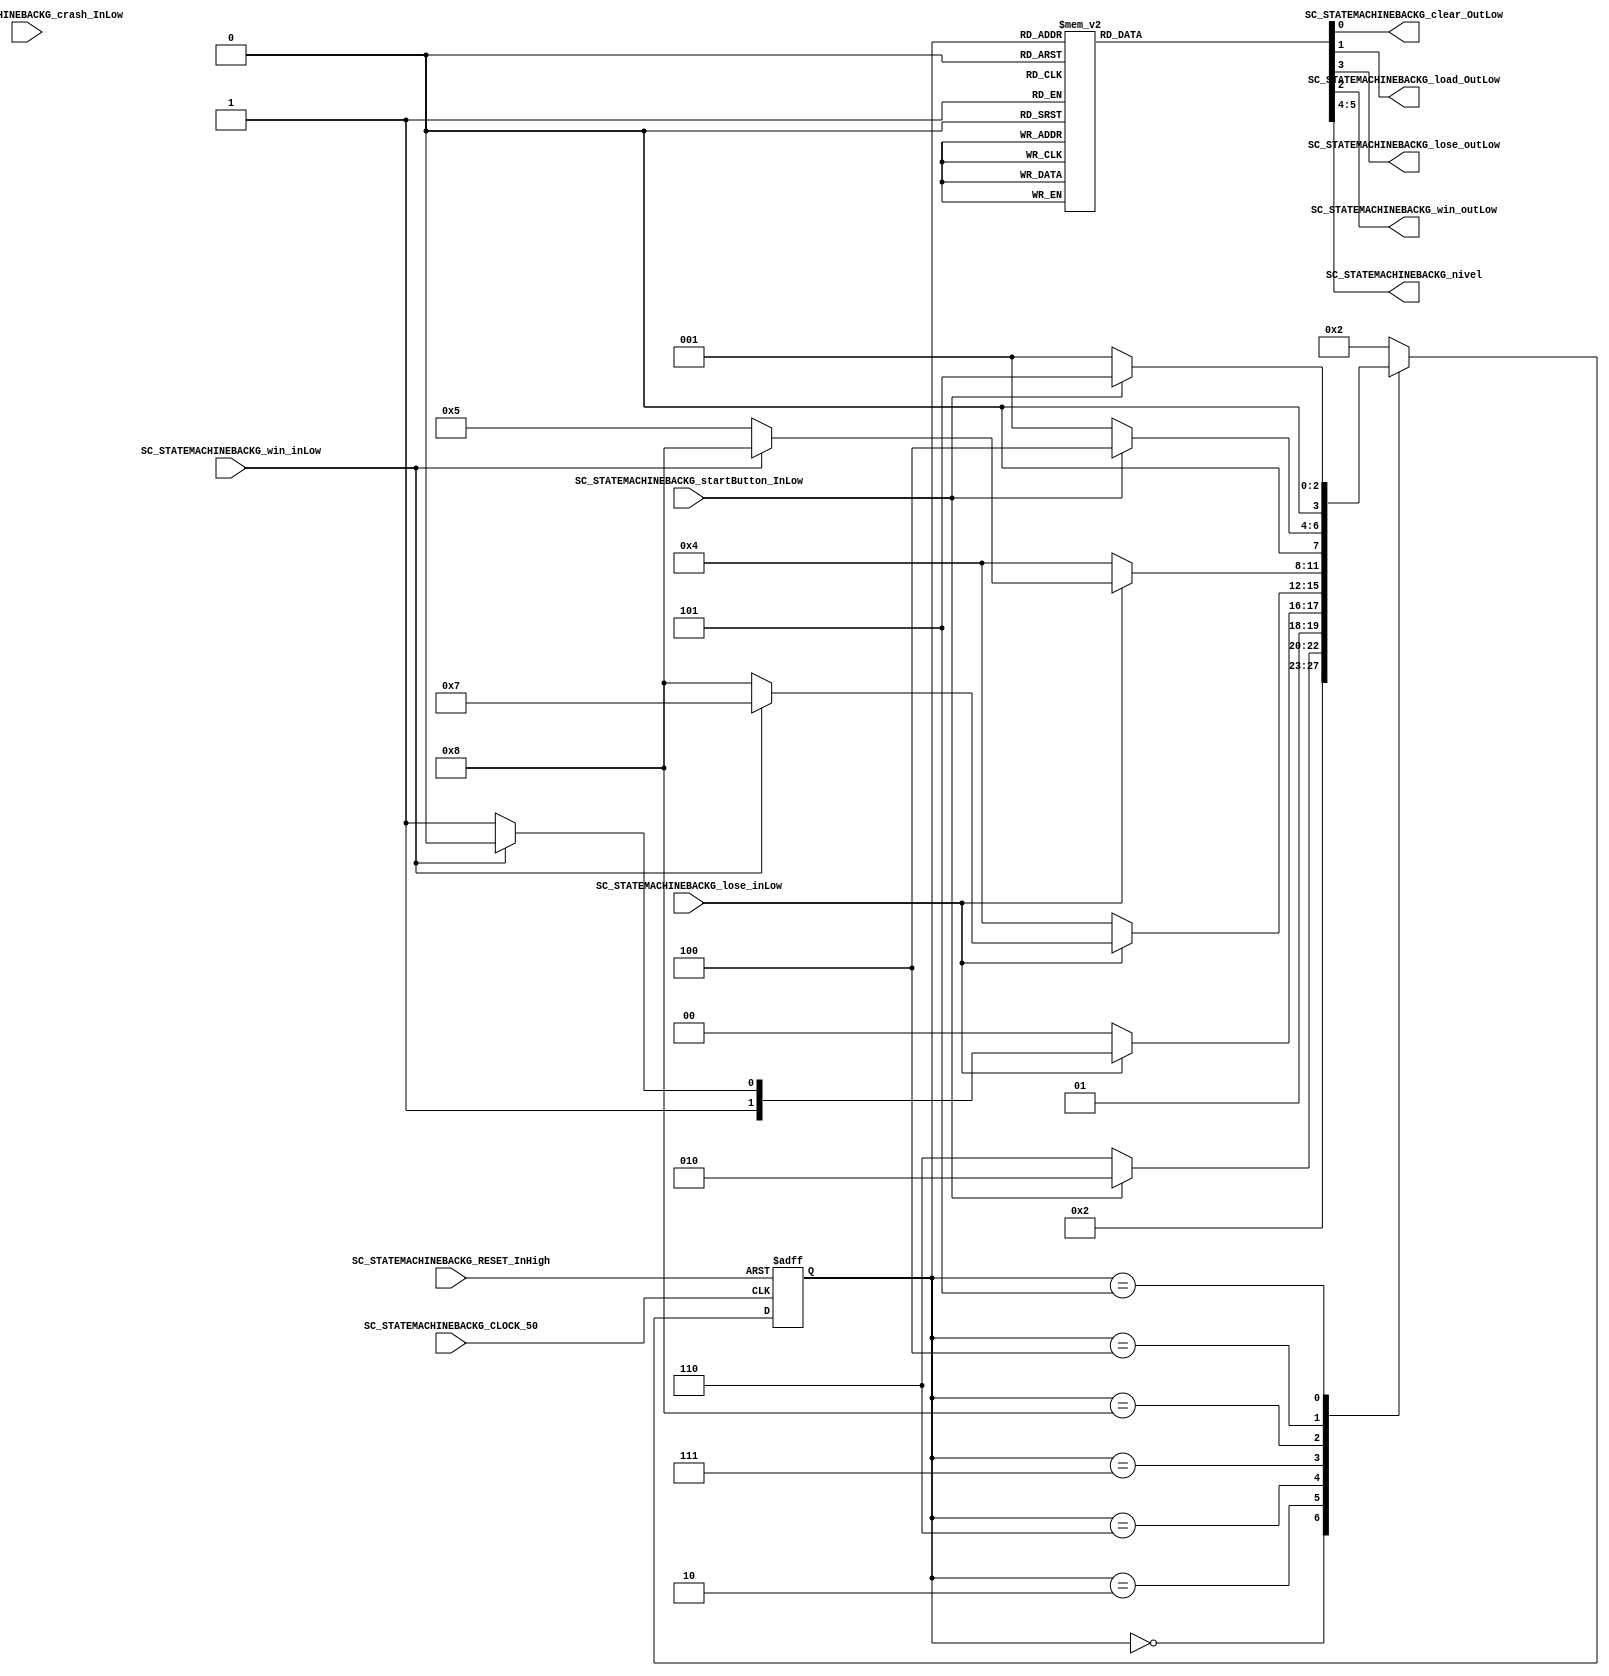
///*######################################################################
//#	G0B1T: HDL EXAMPLES. 2018.
//######################################################################
//# Copyright (C) 2018. F.E.Segura-Quijano (FES) fsegura@uniandes.edu.co
//# 
//# This program is free software: you can redistribute it and/or modify
//# it under the terms of the GNU General Public License as published by
//# the Free Software Foundation, version 3 of the License.
//#
//# This program is distributed in the hope that it will be useful,
//# but WITHOUT ANY WARRANTY; without even the implied warranty of
//# MERCHANTABILITY or FITNESS FOR A PARTICULAR PURPOSE.  See the
//# GNU General Public License for more details.
//#
//# You should have received a copy of the GNU General Public License
//# along with this program.  If not, see <http://www.gnu.org/licenses/>
//####################################################################*/
//=======================================================
//  MODULE Definition
//=======================================================
module SC_STATEMACHINEBACKG (
	//////////// OUTPUTS //////////
	SC_STATEMACHINEBACKG_clear_OutLow,
	SC_STATEMACHINEBACKG_load_OutLow,
//	SC_STATEMACHINEBACKG_upcount_out,
	SC_STATEMACHINEBACKG_lose_outLow,
	SC_STATEMACHINEBACKG_win_outLow,
	SC_STATEMACHINEBACKG_nivel,
	//////////// INPUTS //////////
	SC_STATEMACHINEBACKG_CLOCK_50,
	SC_STATEMACHINEBACKG_RESET_InHigh,
	SC_STATEMACHINEBACKG_startButton_InLow,
//	SC_STATEMACHINEBACKG_T0_InLow,
	SC_STATEMACHINEBACKG_crash_InLow,
	SC_STATEMACHINEBACKG_lose_inLow,
	SC_STATEMACHINEBACKG_win_inLow
);	
//=======================================================
//  PARAMETER declarations
//=======================================================
// states declaration
localparam STATE_RESET_0									= 0;
localparam STATE_START_0									= 1;
localparam STATE_CHECK_0									= 2;
localparam STATE_COUNT_0									= 3;
localparam STATE_LOSE_0										= 4;
localparam STATE_WIN_0										= 5;
localparam STATE_LEVEL_1									= 6;
localparam STATE_LEVEL_2									= 7;
localparam STATE_LEVEL_3									= 8;
//=======================================================
//  PORT declarations
//=======================================================
output reg		SC_STATEMACHINEBACKG_clear_OutLow;
output reg		SC_STATEMACHINEBACKG_load_OutLow;
//output reg 		SC_STATEMACHINEBACKG_upcount_out;
output reg     SC_STATEMACHINEBACKG_lose_outLow;
output reg		SC_STATEMACHINEBACKG_win_outLow;
output reg     [1:0]SC_STATEMACHINEBACKG_nivel;
input			SC_STATEMACHINEBACKG_CLOCK_50;
input 		SC_STATEMACHINEBACKG_RESET_InHigh;
input			SC_STATEMACHINEBACKG_startButton_InLow;
//input			SC_STATEMACHINEBACKG_T0_InLow;
input 		SC_STATEMACHINEBACKG_crash_InLow;
input			SC_STATEMACHINEBACKG_lose_inLow;
input			SC_STATEMACHINEBACKG_win_inLow;
//=======================================================
//  REG/WIRE declarations
//=======================================================
reg [3:0] STATE_Register;
reg [3:0] STATE_Signal;
//=======================================================
//  Structural coding
//=======================================================
//INPUT LOGIC: COMBINATIONAL
// NEXT STATE LOGIC : COMBINATIONAL
always @(*)
begin
	case (STATE_Register)
		STATE_RESET_0: STATE_Signal = STATE_START_0;
		STATE_START_0: STATE_Signal = STATE_CHECK_0;
		
		
		STATE_CHECK_0: if (SC_STATEMACHINEBACKG_startButton_InLow == 1'b0) STATE_Signal = STATE_LEVEL_1;
						else STATE_Signal = STATE_CHECK_0;
						
						
		STATE_LEVEL_1:	if (SC_STATEMACHINEBACKG_lose_inLow == 1'b0) STATE_Signal = STATE_LOSE_0;
						else if (SC_STATEMACHINEBACKG_win_inLow == 1'b0) STATE_Signal = STATE_LEVEL_2;
						else STATE_Signal = STATE_LEVEL_1;
							
		STATE_LEVEL_2:	if (SC_STATEMACHINEBACKG_lose_inLow == 1'b0) STATE_Signal = STATE_LOSE_0;
						else if (SC_STATEMACHINEBACKG_win_inLow == 1'b0) STATE_Signal = STATE_LEVEL_3;
						else STATE_Signal = STATE_LEVEL_2;
						
		STATE_LEVEL_3:	if (SC_STATEMACHINEBACKG_lose_inLow == 1'b0) STATE_Signal = STATE_LOSE_0;
						else if (SC_STATEMACHINEBACKG_win_inLow == 1'b0) STATE_Signal = STATE_WIN_0;
						else STATE_Signal = STATE_LEVEL_3;
		
		STATE_LOSE_0: if (SC_STATEMACHINEBACKG_startButton_InLow == 1'b0) STATE_Signal = STATE_START_0;
						else STATE_Signal = STATE_LOSE_0;
//Revisar jugador contador
 		STATE_WIN_0: if (SC_STATEMACHINEBACKG_startButton_InLow == 1'b0) STATE_Signal = STATE_START_0;
						else STATE_Signal = STATE_WIN_0;

		default : 		STATE_Signal = STATE_CHECK_0;
	endcase
end
// STATE REGISTER : SEQUENTIAL
always @ ( posedge SC_STATEMACHINEBACKG_CLOCK_50 , posedge SC_STATEMACHINEBACKG_RESET_InHigh)
begin
	if (SC_STATEMACHINEBACKG_RESET_InHigh == 1'b1)
		STATE_Register <= STATE_RESET_0;
	else
		STATE_Register <= STATE_Signal;
end
//=======================================================
//  Outputs
//=======================================================
// OUTPUT LOGIC : COMBINATIONAL
always @ (*)
begin
	case (STATE_Register)
//=========================================================
// STATE_RESET
//=========================================================
	STATE_RESET_0 :	
		begin
			SC_STATEMACHINEBACKG_clear_OutLow = 1'b1;
			SC_STATEMACHINEBACKG_load_OutLow = 1'b1;
//			SC_STATEMACHINEBACKG_upcount_out = 1'b1;
			SC_STATEMACHINEBACKG_win_outLow = 1'b1;
			SC_STATEMACHINEBACKG_lose_outLow = 1'b1;
			SC_STATEMACHINEBACKG_nivel = 2'b00;
		end
//=========================================================
// STATE_START
//=========================================================
	STATE_START_0 :	
		begin
			SC_STATEMACHINEBACKG_clear_OutLow = 1'b0;
			SC_STATEMACHINEBACKG_load_OutLow = 1'b1;
//			SC_STATEMACHINEBACKG_upcount_out = 1'b1;
			SC_STATEMACHINEBACKG_win_outLow = 1'b1;
			SC_STATEMACHINEBACKG_lose_outLow = 1'b1;
			SC_STATEMACHINEBACKG_nivel = 2'b00;
		end
//=========================================================
// STATE_CHECK
//=========================================================
	STATE_CHECK_0 :
		begin
			SC_STATEMACHINEBACKG_clear_OutLow = 1'b1;
			SC_STATEMACHINEBACKG_load_OutLow = 1'b1;
//			SC_STATEMACHINEBACKG_upcount_out = 1'b1;
			SC_STATEMACHINEBACKG_win_outLow = 1'b1;
			SC_STATEMACHINEBACKG_lose_outLow = 1'b1;
			SC_STATEMACHINEBACKG_nivel = 2'b00;
		end
//=========================================================
// STATE_LEVEL_1
//=========================================================
	STATE_LEVEL_1 :	
		begin
			SC_STATEMACHINEBACKG_clear_OutLow = 1'b1;
			SC_STATEMACHINEBACKG_load_OutLow = 1'b1;
//			SC_STATEMACHINEBACKG_upcount_out = 1'b1;
			SC_STATEMACHINEBACKG_win_outLow = 1'b1;
			SC_STATEMACHINEBACKG_lose_outLow = 1'b1;
			SC_STATEMACHINEBACKG_nivel = 2'b01;
		end

//=========================================================
// STATE_LEVEL_2
//=========================================================
	STATE_LEVEL_2 :	
		begin
			SC_STATEMACHINEBACKG_clear_OutLow = 1'b1;
			SC_STATEMACHINEBACKG_load_OutLow = 1'b1;
//			SC_STATEMACHINEBACKG_upcount_out = 1'b1;
			SC_STATEMACHINEBACKG_win_outLow = 1'b1;
			SC_STATEMACHINEBACKG_lose_outLow = 1'b1;
			SC_STATEMACHINEBACKG_nivel = 2'b10;
		end		
//=========================================================
// STATE_LEVEL_3
//=========================================================
	STATE_LEVEL_3 :	
		begin
			SC_STATEMACHINEBACKG_clear_OutLow = 1'b1;
			SC_STATEMACHINEBACKG_load_OutLow = 1'b1; 
//			SC_STATEMACHINEBACKG_upcount_out = 1'b1;
			SC_STATEMACHINEBACKG_win_outLow = 1'b1;
			SC_STATEMACHINEBACKG_lose_outLow = 1'b1;
			SC_STATEMACHINEBACKG_nivel = 2'b11;
		end
//=========================================================
// STATE_COUNT_0
//=========================================================
	STATE_COUNT_0 :	
		begin
			SC_STATEMACHINEBACKG_clear_OutLow = 1'b1;
			SC_STATEMACHINEBACKG_load_OutLow = 1'b1; 
//			SC_STATEMACHINEBACKG_upcount_out = 1'b1;
			SC_STATEMACHINEBACKG_win_outLow = 1'b1;
			SC_STATEMACHINEBACKG_lose_outLow = 1'b1;
			SC_STATEMACHINEBACKG_nivel = 2'b00;
		end
//=========================================================
// STATE_LOSE_0
//=========================================================
	STATE_LOSE_0 :	
		begin
			SC_STATEMACHINEBACKG_clear_OutLow = 1'b1;
			SC_STATEMACHINEBACKG_load_OutLow = 1'b1;
//			SC_STATEMACHINEBACKG_upcount_out = 1'b1;
			SC_STATEMACHINEBACKG_win_outLow = 1'b1;
			SC_STATEMACHINEBACKG_lose_outLow = 1'b0;
			SC_STATEMACHINEBACKG_nivel = 2'b00;
		end
//=========================================================
// STATE_WIN_0
//=========================================================
	STATE_WIN_0 :	
		begin
			SC_STATEMACHINEBACKG_clear_OutLow = 1'b1;
			SC_STATEMACHINEBACKG_load_OutLow = 1'b1;
//			SC_STATEMACHINEBACKG_upcount_out = 1'b1;
			SC_STATEMACHINEBACKG_win_outLow = 1'b0;
			SC_STATEMACHINEBACKG_lose_outLow = 1'b1;
			SC_STATEMACHINEBACKG_nivel = 2'b00;
		end
//=========================================================
// DEFAULT
//=========================================================
	default :
		begin
			SC_STATEMACHINEBACKG_clear_OutLow = 1'b1;
			SC_STATEMACHINEBACKG_load_OutLow = 1'b1; 
//			SC_STATEMACHINEBACKG_upcount_out = 1'b1;
			SC_STATEMACHINEBACKG_win_outLow = 1'b1;
			SC_STATEMACHINEBACKG_lose_outLow = 1'b1;
			SC_STATEMACHINEBACKG_nivel = 2'b00;
		end
	endcase
end
endmodule